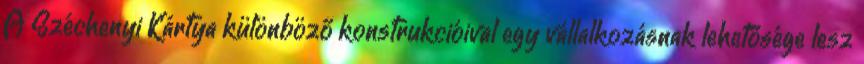
A Széchenyi Kártya különböző konstrukcióival egy vállalkozásnak lehetősége lesz